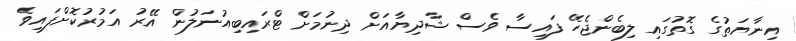
އިނާޔަތުގެ ގޮތުގައި ލިބެންޖެހޭ ފައިސާ ވެސް ޝާދިޔާއަށް ދިނުމަށް ޓްރައިބިއުނަލުން އޭރު އަމުރުކޮށްފައިވެ